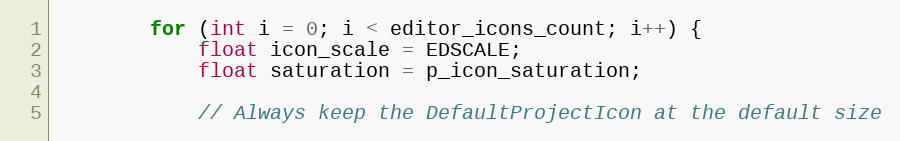
Language: C++
		for (int i = 0; i < editor_icons_count; i++) {
			float icon_scale = EDSCALE;
			float saturation = p_icon_saturation;

			// Always keep the DefaultProjectIcon at the default size